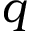
q